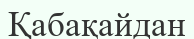
Қабақайдан